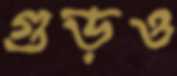
গুড়ও